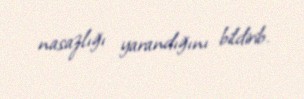
nasazlığı yarandığını bildirib.